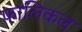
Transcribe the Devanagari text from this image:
फालिकल